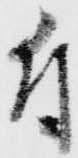
付